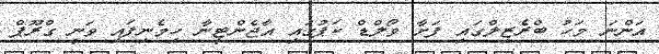
އަންނަ މަހު ބްރެޒިލްގައި ފަށާ ވޯލްޑް ކަޕުގައި އާޖެންޓީނާ ހިމެނިފައި ވަނީ ގްރޫޕް